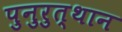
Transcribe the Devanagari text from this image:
पुनुरुत्थान